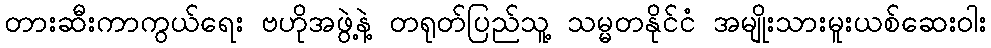
တားဆီးကာကွယ်ရေး ဗဟိုအဖွဲ့နဲ့ တရုတ်ပြည်သူ့ သမ္မတနိုင်ငံ အမျိုးသားမူးယစ်ဆေးဝါး